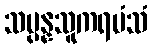
သမ္ပန္နသူကရမံသံ